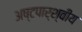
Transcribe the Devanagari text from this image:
अष्टपार्श्वीय